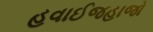
હવાઈજહાજો